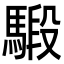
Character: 𩤣